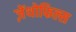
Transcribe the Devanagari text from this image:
ज़ेंथोफिल्स